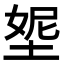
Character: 𡌰